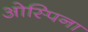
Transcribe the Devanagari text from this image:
ओस्पिना